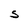
Character: S